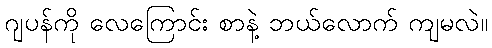
ဂျပန်ကို လေကြောင်း စာနဲ့ ဘယ်လောက် ကျမလဲ။